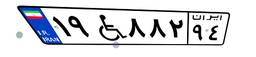
۷۷W۱۶۸۲۳